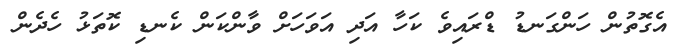
އެގޮތުން ހަންގަނޑު ޑްރައިވެ ކަހާ އަދި އަވަހަށް ވާންކަން ކެނޑި ކޮތަޅު ހެދެން